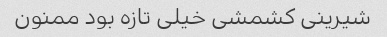
شیرینی کشمشی خیلی تازه بود ممنون